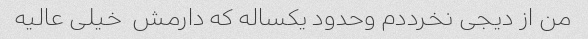
من از دیجی نخرددم وحدود یکساله که دارمش  خیلی عالیه